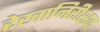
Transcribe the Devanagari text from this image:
रेखानिरीक्षक